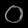
Digit: ၀